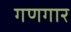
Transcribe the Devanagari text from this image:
गणगार